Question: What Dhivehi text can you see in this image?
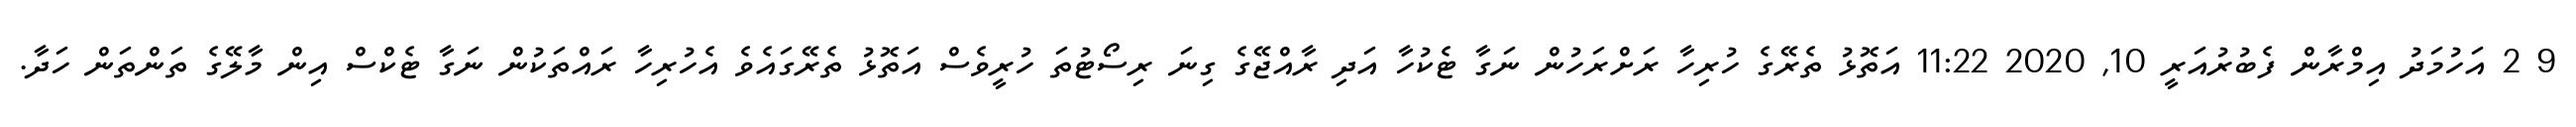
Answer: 9 2 އަހުމަދު އިމްރާން ފެބުރުއަރީ 10, 2020 11:22 އަތޮޅު ތެރޭގެ ހުރިހާ ރަށްރަހުން ނަގާ ޓެކުހާ އަދި ރާއްޖޭގެ ގިނަ ރިސޯޓުތަ ހުރީވެސް އަތޮޅު ތެރޭގައެވެ އެހުރިހާ ރައްތަކުން ނަގާ ޓެކްސް އިން މާލޭގެ ތަންތަން ހަދާ.